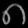
Digit: ၈